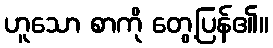
ဟူသော စာကို တွေ့ပြန်၏။